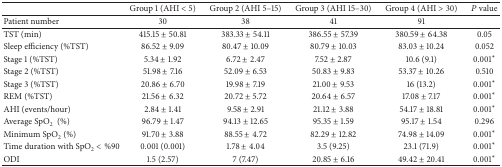
|  | Group 1 (AHI < 5) | Group 2 (AHI 5–15) | Group 3 (AHI 15–30) | Group 4 (AHI > 30) | P value |
 | --- | --- | --- | --- | --- | --- |
 | Patient number | 30 | 38 | 41 | 91 |  |
 | TST (min) | 415.15 ± 50.81 | 383.33 ± 54.11 | 386.55 ± 57.39 | 380.59 ± 64.38 | 0.05 |
 | Sleep efficiency (%TST) | 86.52 ± 9.09 | 80.47 ± 10.09 | 80.79 ± 10.03 | 83.03 ± 10.24 | 0.052 |
 | Stage 1 (%TST) | 5.34 ± 1.92 | 6.72 ± 2.47 | 7.52 ± 2.87 | 10.6 (9.1) | 0.001∗ |
 | Stage 2 (%TST) | 51.98 ± 7.16 | 52.09 ± 6.53 | 50.83 ± 9.83 | 53.37 ± 10.26 | 0.510 |
 | Stage 3 (%TST) | 20.86 ± 6.70 | 19.98 ± 7.19 | 21.00 ± 9.53 | 16 (13.2) | 0.001∗ |
 | REM (%TST) | 21.56 ± 6.32 | 20.72 ± 5.72 | 20.64 ± 6.57 | 17.08 ± 7.17 | 0.001∗ |
 | AHI (events/hour) | 2.84 ± 1.41 | 9.58 ± 2.91 | 21.12 ± 3.88 | 54.17 ± 18.81 | 0.001∗ |
 | Average SpO2 (%) | 96.79 ± 1.47 | 94.13 ± 12.65 | 95.35 ± 1.59 | 95.17 ± 1.54 | 0.296 |
 | Minimum SpO2 (%) | 91.70 ± 3.88 | 88.55 ± 4.72 | 82.29 ± 12.82 | 74.98 ± 14.09 | 0.001∗ |
 | Time duration with SpO2 < %90 | 0.001 (0.001) | 1.78 ± 4.04 | 3.5 (9.25) | 23.1 (71.9) | 0.001∗ |
 | ODI | 1.5 (2.57) | 7 (7.47) | 20.85 ± 6.16 | 49.42 ± 20.41 | 0.001∗ |